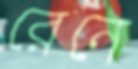
রেনে